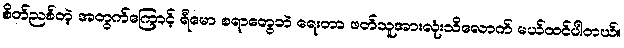
စိတ်ညစ်တဲ့ အတွက်ကြောင့် ရီမော စရာတွေဘဲ ရေးတာ ဖတ်သူအားလုံးသိလောက် မယ်ထင်ပါတယ်။